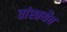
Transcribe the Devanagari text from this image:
तांस्तथैव